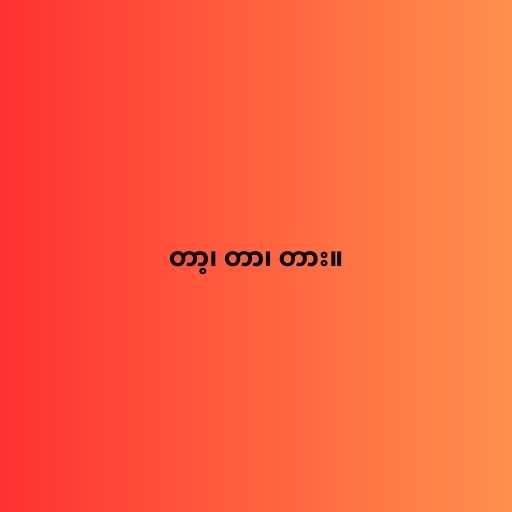
တာ့၊ တာ၊ တား။